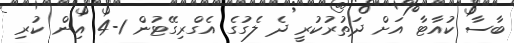
ބާސާ ކުއާޓާ އަށް ދަތުރުކުރީ ދެ ލެގުގެ އެގްރިގޭޓުން 1-4 އިން ކުރި